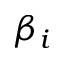
\beta _ { i }